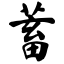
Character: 蓄